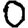
Digit: 0